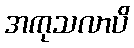
အကုသလာပိ